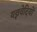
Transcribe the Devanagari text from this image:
यज्ञवेदियों